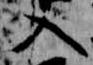
入